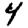
Digit: 4